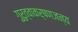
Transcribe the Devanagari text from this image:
गुरुत्वाकर्षणजन्य